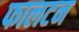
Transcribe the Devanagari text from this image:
फालटन